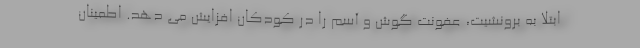
ابتلا به برونشیت، عفونت گوش و آسم را در کودکان افزایش می دهد. اطمینان